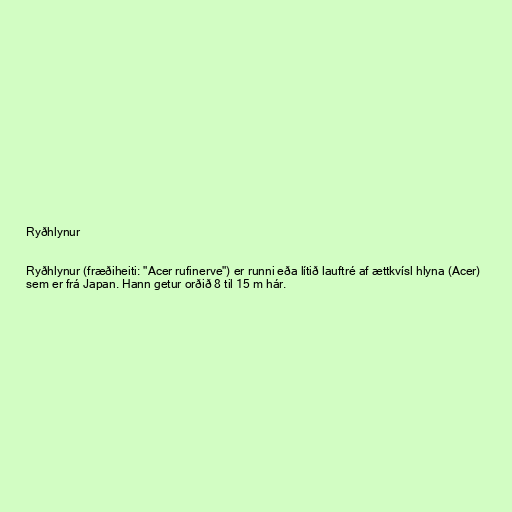
Ryðhlynur

Ryðhlynur (fræðiheiti: "Acer rufinerve") er runni eða lítið lauftré af ættkvísl hlyna (Acer)
sem er frá Japan. Hann getur orðið 8 til 15 m hár.